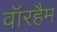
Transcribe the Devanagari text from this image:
वॉरहैम